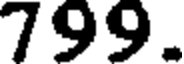
799.